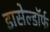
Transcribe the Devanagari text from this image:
डासेल्डॉर्फ